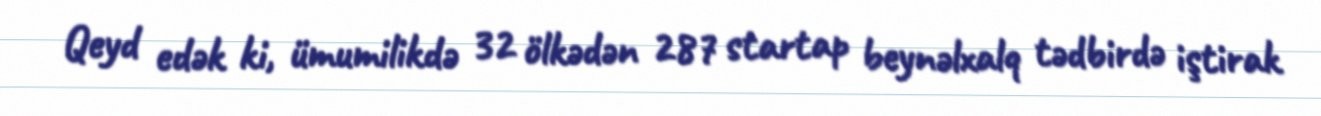
Qeyd edək ki, ümumilikdə 32 ölkədən 287 startap beynəlxalq tədbirdə iştirak